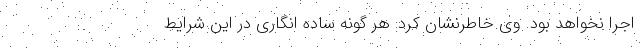
اجرا نخواهد بود. وی خاطرنشان کرد: هر گونه ساده انگاری در این شرایط